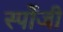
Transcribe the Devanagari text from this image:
स्पोंजी